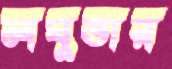
লঘুভার